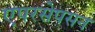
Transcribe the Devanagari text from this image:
एपरसेपसन